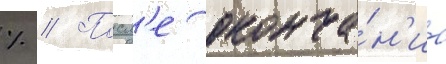
% // Посл'е оконча́н'иа